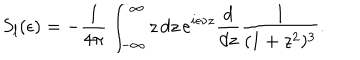
S _ { l } ( \epsilon ) = - { \frac { 1 } { 4 \pi } } \int _ { - \infty } ^ { \infty } z \, d z \, e ^ { i \epsilon \nu z } { \frac { d } { d z } } { \frac { 1 } { ( 1 + z ^ { 2 } ) ^ { 3 } } } .